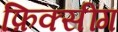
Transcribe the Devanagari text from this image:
फ़िक्सींग